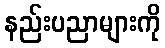
နည်းပညာများကို